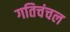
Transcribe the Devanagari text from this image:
गतिचंचल